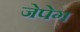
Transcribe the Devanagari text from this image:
जेपेग